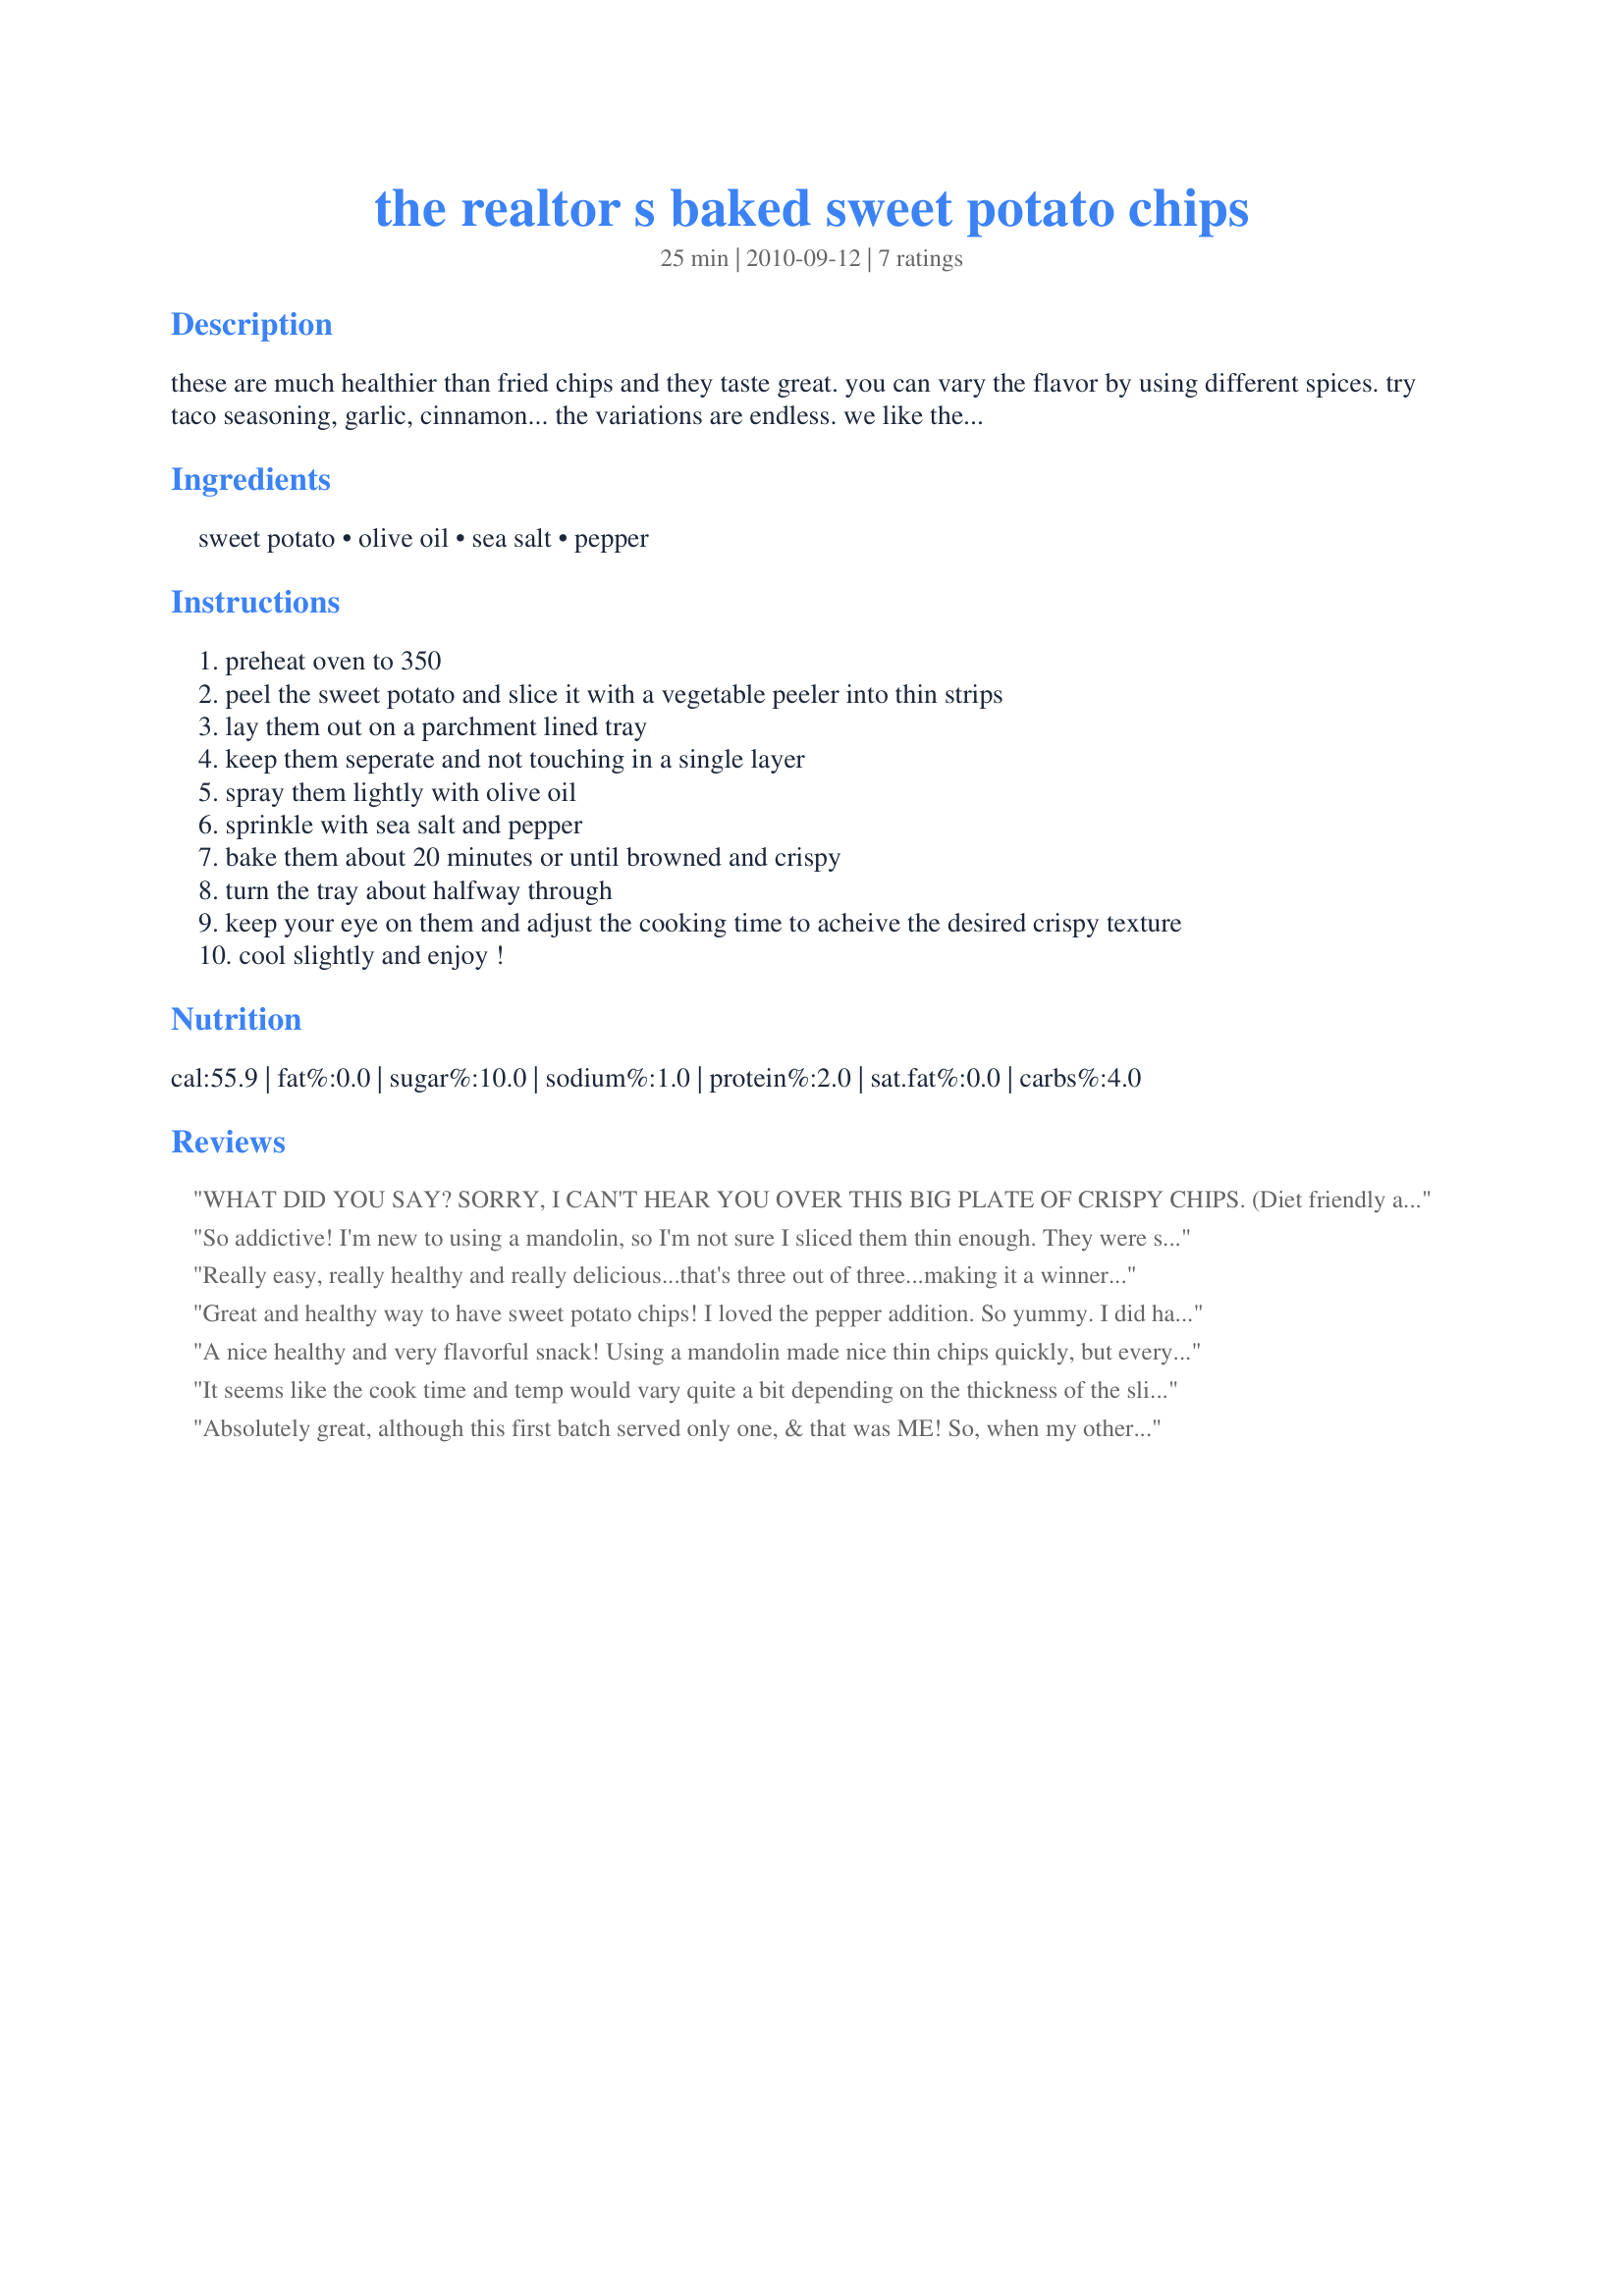
the realtor s baked sweet potato chips
Preparation time: 25 minutes

these are much healthier than fried chips and they taste great. you can vary the flavor by using different spices. try taco seasoning, garlic, cinnamon... the variations are endless. we like them with just salt and pepper. the thickness you make them will greatly effect the baking time. if you do them with a vegetable peeler, they'll take about 20 minutes. if you slice them in super thin slices, they'll take about 30 minutes. just watch them until you get them just right.

Ingredients:
sweet potato, olive oil, sea salt, pepper

Steps:
preheat oven to 350
peel the sweet potato and slice it with a vegetable peeler into thin strips
lay them out on a parchment lined tray
keep them seperate and not touching in a single layer
spray them lightly with olive oil
sprinkle with sea salt and pepper
bake them about 20 minutes or until browned and crispy
turn the tray about halfway through
keep your eye on them and adjust the cooking time to acheive the desired crispy texture
cool slightly and enjoy !

Reviews:
WHAT DID YOU SAY? SORRY, I CAN'T HEAR YOU OVER THIS BIG PLATE OF CRISPY CHIPS. (Diet friendly a la Sugar Busters-esque.)
So addictive! I'm new to using a mandolin, so I'm not sure I sliced them thin enough. They were still rather soft in the middle after they cooled. They still tasted incredibly good though. I used a mister for the olive oil and added just a little salt to them. I'll be making this OFTEN. Thanks for posting!
Really easy, really healthy and really delicious...that's three out of three...making it a winner!<br/>Made for PRMR.
Great and healthy way to have sweet potato chips! I loved the pepper addition. So yummy. I did have a problem with them burning. I checked them often and they were not getting crispy, then the last time I checked some of them had burned. I experimented by using the mandolin for some and slicing some by hand. The mandolin slices were too thin (I couldn't adjust mine) and the hand-sliced were a little too thick. I'm not giving up. I'm determined to make this work, because I can tell that the chips would be delicious. If you have any tips, please pass them along! Thanks for the great idea. :)
A nice healthy and very flavorful snack! Using a mandolin made nice thin chips quickly, but every time I checked they were not crisping up or burning and yes I checked often. This was a problem with every single tray I put in the oven. Thanks for the post.
It seems like the cook time and temp would vary quite a bit depending on the thickness of the slices...we sliced ours at the 1.5 mark in our food processor. Using the given temp and turning them after 10 minutes, the potatoes cooked unevenly (there were soft spots in the final product). I think next time for us we will try a lower temp (maybe even 250) and cook them turning every 10 minutes and see how long it takes to cook to see if they will cook more evenly for us.
Absolutely great, although this first batch served only one, & that was ME! So, when my other half managed to get a couple before they all gone, I decided I'd better make more, so doubled the batch for a 2nd go-round! Definitely a recipe worth keeping! Thanks for sharing it! [Made & reviewed as a THANK YOU for playing with us in Please Review My Recipe during the recent tour]
